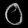
Digit: ၀